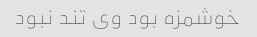
خوشمزه بود وی تند نبود